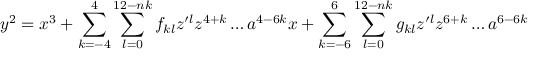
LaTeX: y ^ { 2 } = x ^ { 3 } + \sum _ { k = - 4 } ^ { 4 } \sum _ { l = 0 } ^ { 1 2 - n k } f _ { k l } z ^ { \prime l } z ^ { 4 + k } \ldots a ^ { 4 - 6 k } x + \sum _ { k = - 6 } ^ { 6 } \sum _ { l = 0 } ^ { 1 2 - n k } g _ { k l } z ^ { \prime l } z ^ { 6 + k } \ldots a ^ { 6 - 6 k }